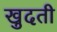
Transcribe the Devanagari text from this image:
खुदती